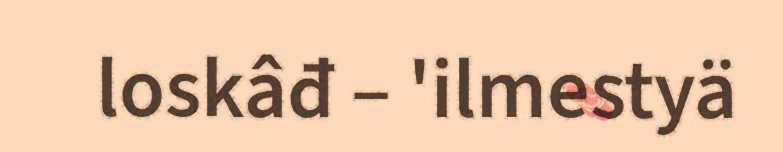
loskâđ – 'ilmestyä